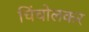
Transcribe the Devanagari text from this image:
चिंचोलकर